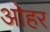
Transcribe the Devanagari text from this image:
ओहर